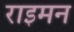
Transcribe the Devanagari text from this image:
राइमन